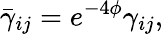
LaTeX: \bar{\gamma}_{ij}=e^{-4\phi}\gamma_{ij},